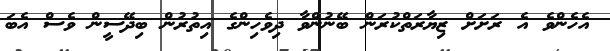
އެހެންވެ އެ ރަށަށް ޒިޔާރަތްކުރަން ބޭނުންވާ ދިވެހިންގެ އިތުރުން ބިދޭސީން ވެސް އެބަ